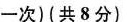
一次)(共8分)